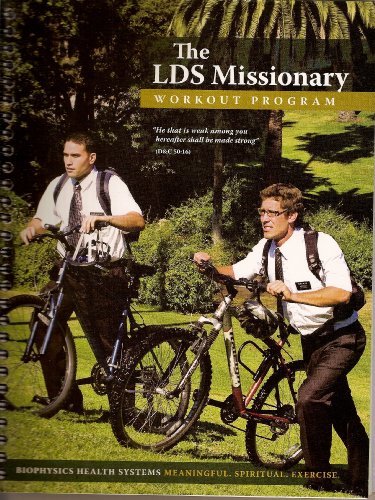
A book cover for The LDS Missionary Workout Program; Various; Christian Books & Bibles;